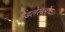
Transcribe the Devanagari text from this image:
बेंडलेरब्लॉक